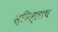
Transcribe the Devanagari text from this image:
स्विस्लाच